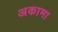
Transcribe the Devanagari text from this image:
अकामा